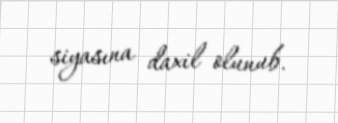
siyasına daxil olunub.